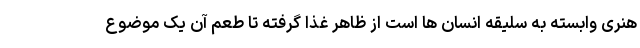
هنری وابسته به سلیقه انسان ها است از ظاهر غذا گرفته تا طعم آن یک موضوع